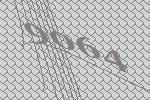
9064